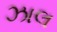
ઝાલ